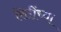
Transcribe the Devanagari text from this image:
रितींच्या